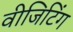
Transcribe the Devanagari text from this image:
वीजिटिंग